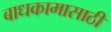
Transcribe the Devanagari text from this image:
बाधकामासाठी